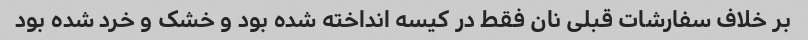
بر خلاف سفارشات قبلی نان فقط در کیسه انداخته شده بود و خشک و خرد شده بود